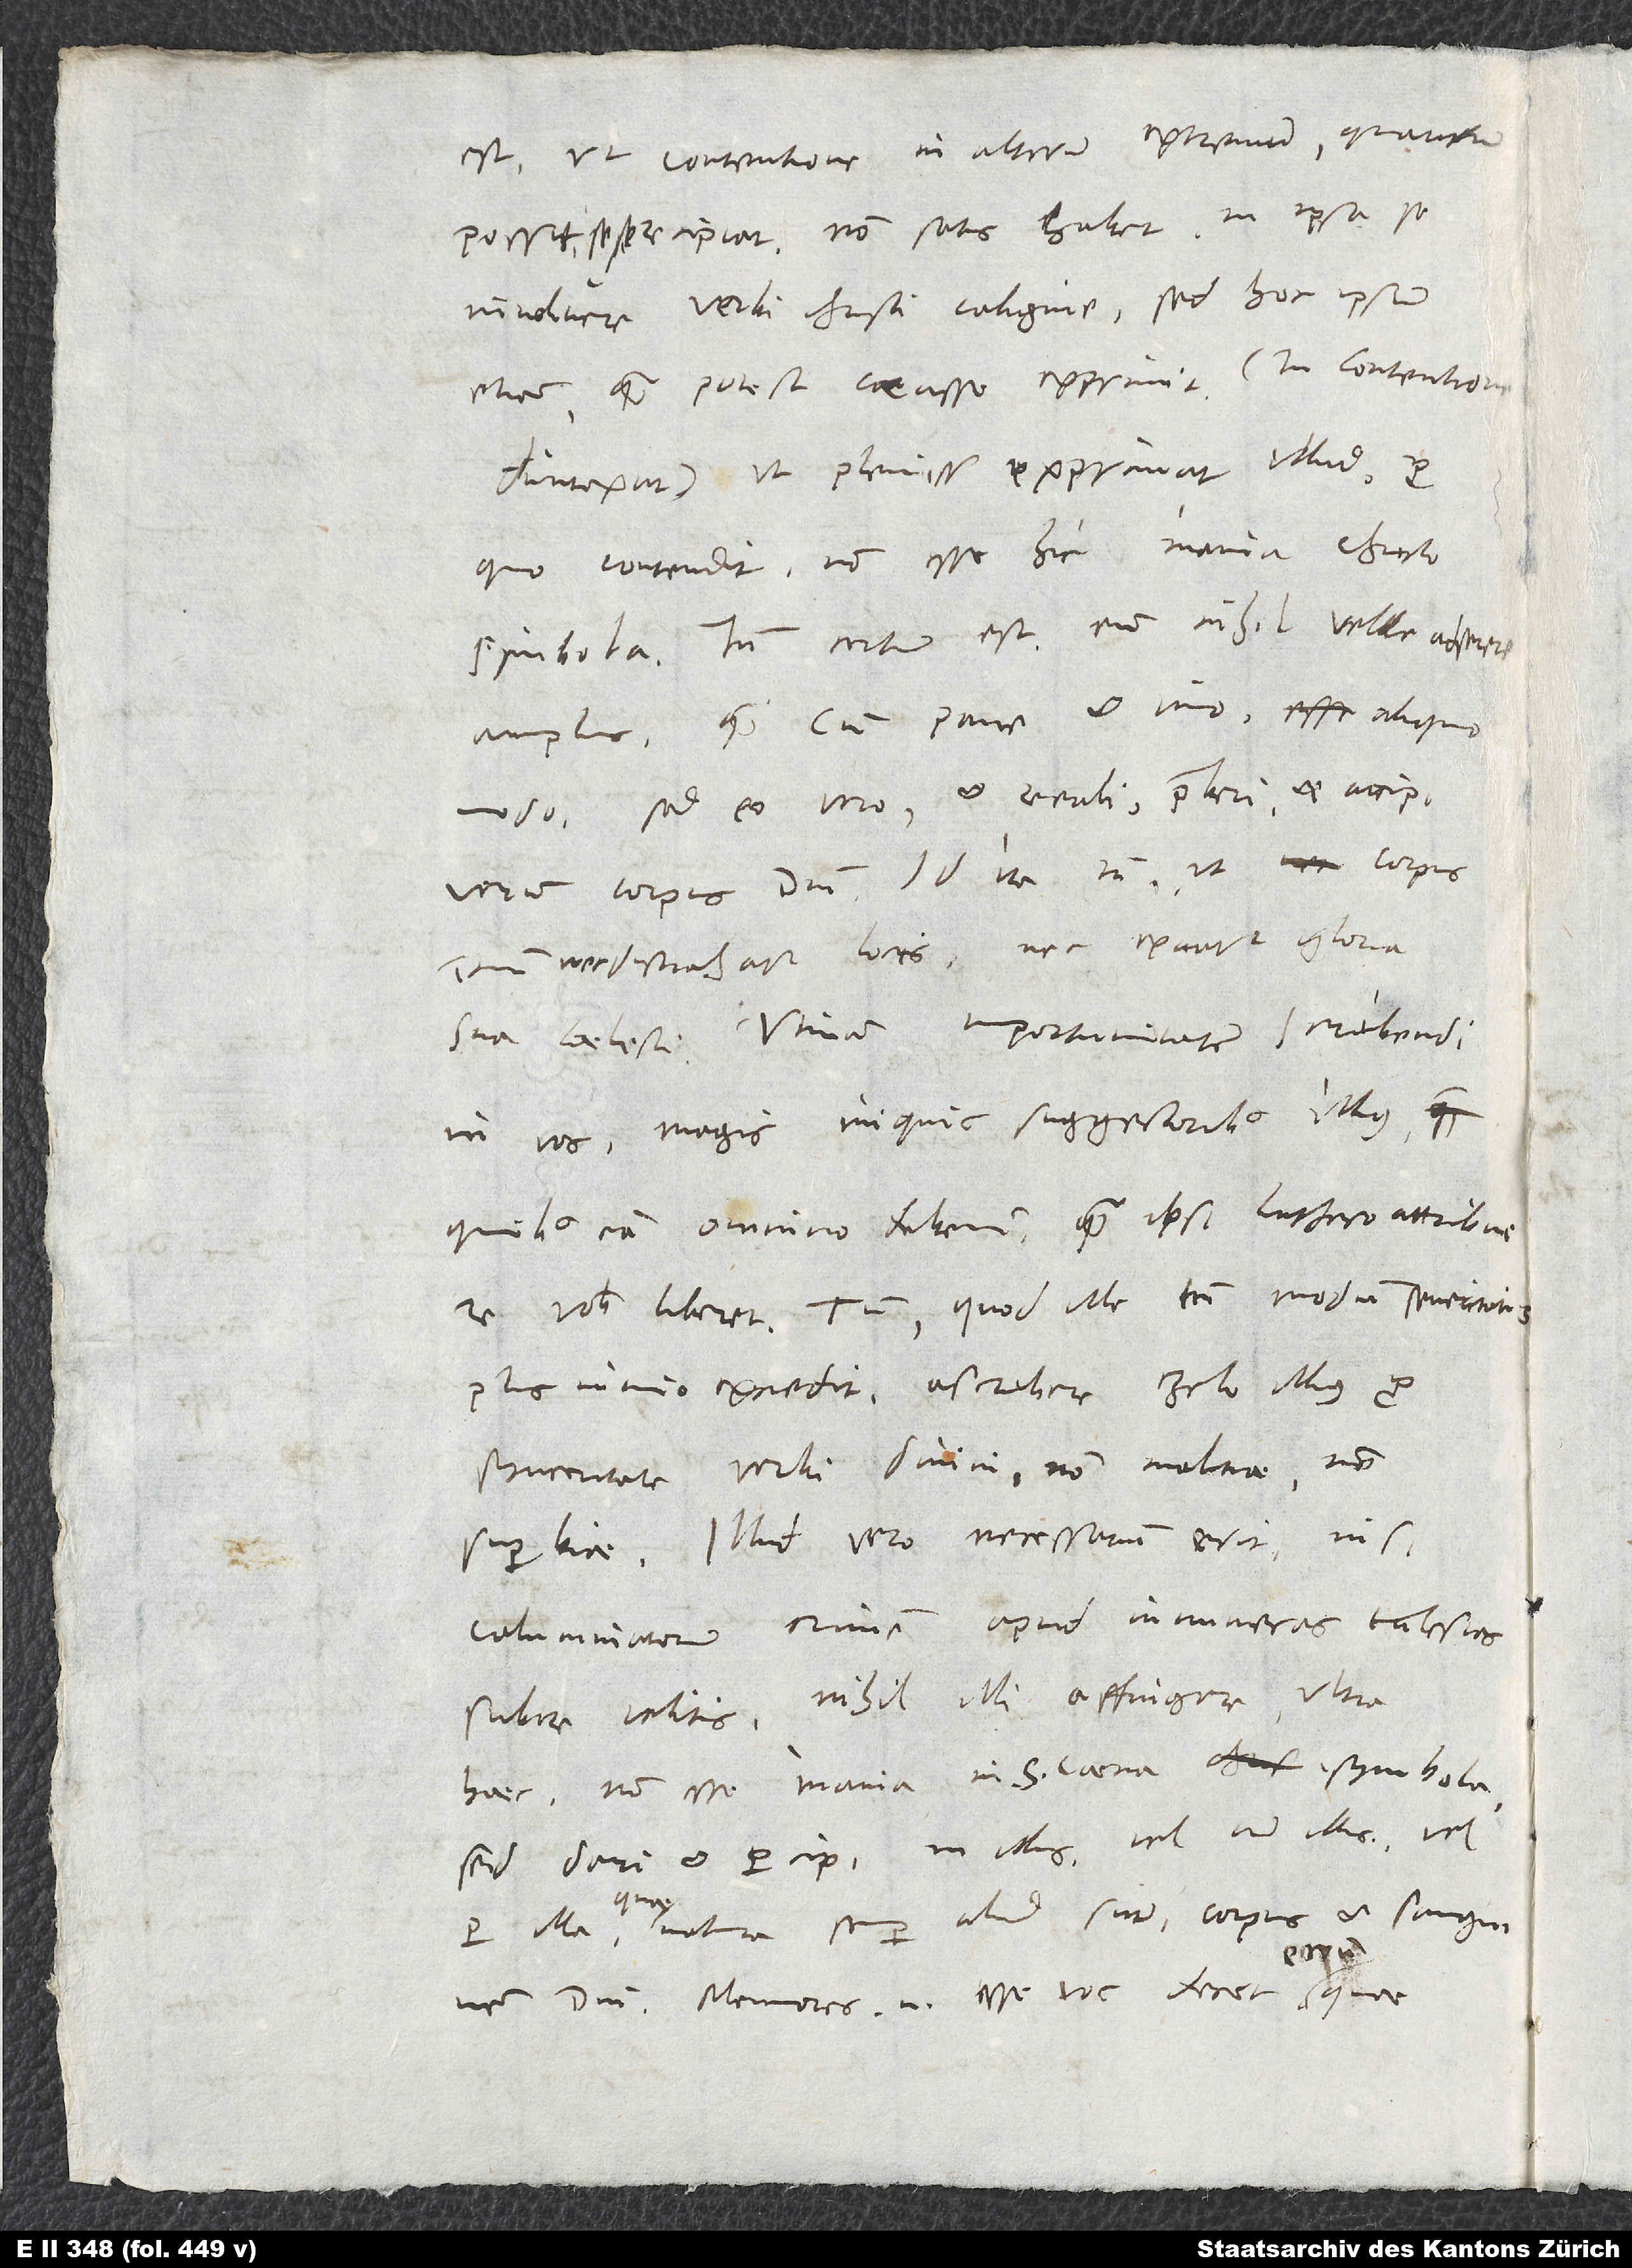
est, ut contentione in alterum extremum, quantum
possit, sese recipiat, non satis habet in ipsa se
involvere verbi Christi caligine, sed hoc ipsum
etiam quam potest crasse exprimit (in contentione
duntaxat), ut plenissime exprimat illud, pro
quo contendit non esse hic inania Christi
symbola. Tamen certum est eum nihil velle adserere
amplius quam cum pane et vino aliquo
modo, sed eo vero et reali, praeberi et accipi
verum corpus domini, id ita tamen, ut corpus
domini nec distrahatur locis nec exuatur gloria
sua coelesti. Utinam importunitatem scribendi
in vos magis iniquis suggestoribus illius,
quibus eam omnino debemus, quam ipsi Luthero attribuere
vobis liberet! Tum, quod ille tantum modum severitatis
plus nimio excedit, ascribere zelo illius pro
synceritate verbi divini, non malitiae, non
superbiae. Illud vero necessarium erit, nisi
calumniatorum crimen apud innumeras ecclesias
subire velitis. Nihil illi affingere ultra
haec: non esse inania in sacra coena symbola,
sed dari et percipi in illis vel cum illis vel
per illa - quae natura semper aliud sunt - corpus et sanguinem
domini; memores enim esse vos decet eorum,